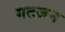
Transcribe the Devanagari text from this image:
गटज़न